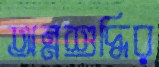
অন্নশুদ্ধির